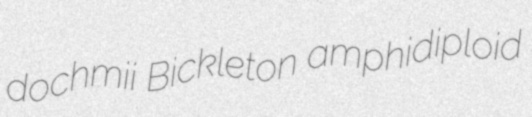
dochmii Bickleton amphidiploid